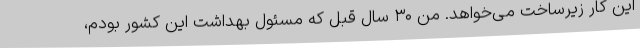
این کار زیرساخت می‌خواهد. من ۳۰ سال قبل که مسئول بهداشت این کشور بودم،